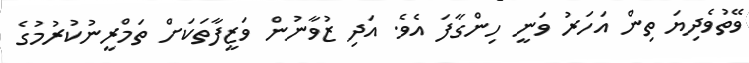
ވޭތުވެދިޔަ ތިން އަހަރު ވަނީ ހިންގާފަ އެވެ. އަދި ޒުވާނުން ވަޒީފާތަކަށް ތަމްރީނުކުރުމުގެ